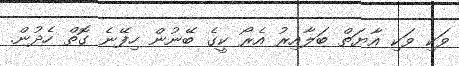
ވަކި ވަކި އާޔަތް ބަލާއިރު އެރޯ ކީގެ ބޭނުން ހިފޭނެ ގޮތް ހެދުން.